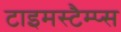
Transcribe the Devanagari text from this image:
टाइमस्टैम्प्स